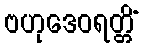
ဗဟုဒေဝရတ္တိံ